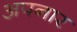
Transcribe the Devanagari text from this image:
अपनार